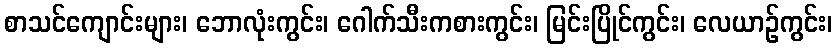
စာသင်ကျောင်းများ၊ ဘောလုံးကွင်း၊ ဂေါက်သီးကစားကွင်း၊ မြင်းပြိုင်ကွင်း၊ လေယာဉ်ကွင်း၊